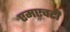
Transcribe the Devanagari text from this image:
एमएचटी